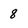
Character: 8